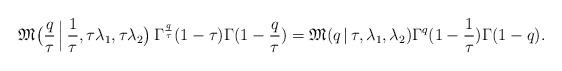
LaTeX: \begin{align*}\mathfrak{M}\bigl(\frac{q}{\tau}\,\Big|\,\frac{1}{\tau},\tau\lambda_1,\tau\lambda_2\bigr) \,\Gamma^{\frac{q}{\tau}}(1-\tau) \Gamma(1-\frac{q}{\tau}) = \mathfrak{M}(q\,|\,\tau,\lambda_1,\lambda_2) \Gamma^{q}(1-\frac{1}{\tau}) \Gamma(1-q). \end{align*}